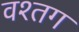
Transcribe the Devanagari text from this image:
वश्तग